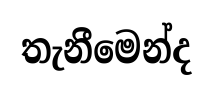
තැනීමෙන්ද